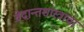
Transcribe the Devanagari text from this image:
वेदान्तशास्त्राचा